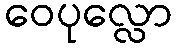
ဝေပုလ္လော